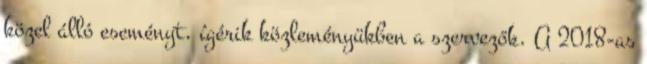
közel álló eseményt, ígérik közleményükben a szervezők. A 2018-as